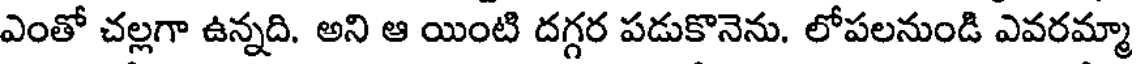
ఎంతో చల్లగా ఉన్నది. అని ఆ యింటి దగ్గర పడుకొనెను. లోపలనుండి ఎవరమ్మా